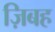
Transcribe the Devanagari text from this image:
ज़िबह